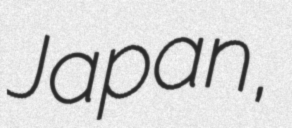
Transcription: Japan,